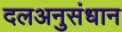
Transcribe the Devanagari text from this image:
दलअनुसंधान